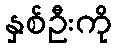
နှစ်ဦးကို